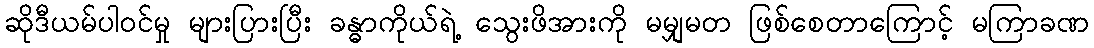
ဆိုဒီယမ်ပါဝင်မှု များပြားပြီး ခန္ဓာကိုယ်ရဲ့ သွေးဖိအားကို မမျှမတ ဖြစ်စေတာကြောင့် မကြာခဏ